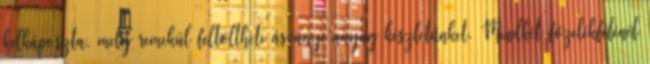
kelkáposzta, mely remekül feltöltheti ásványi anyag készletünket. Mindkét főzelékfélénél